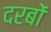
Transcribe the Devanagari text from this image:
दरबों